Report of the Bombay Veterinary College
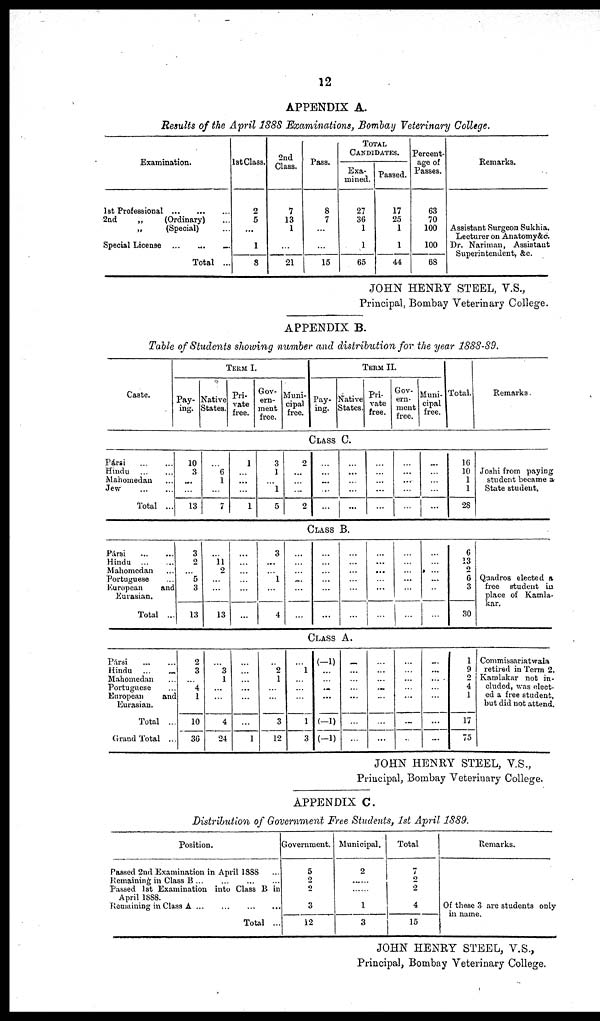
12
APPENDIX A.
Results of the April 1888 Examinations, Bombay Veterinary College.
Examination.
1st
Professional...
...
...
2nd
„
(Ordinary)
„
(Special)
Special License ...
...
...
Total ...
1st Class.
2
5
...
1
8
2nd
Class.
7
13
1
...
21
Pass.
8
7
...
...
15
TOTAL
CANDIDATES.
Exa-
mined.
27
36
1
1
65
Passed.
17
25
1
1
44
Percent-
age of
Passes.
63
70
100
100
68
Remarks.
Assistant Surgeon Sukhia.
Lecturer on Anatomy&c.
Dr. Nariman, Assistant
Superintendent, &c.
JOHN HENRY STEEL, V.S.,
Principal, Bombay Veterinary College.
APPENDIX B.
Table of Students showing number and distribution for the year 1888-89.
Caste.
TERM I.
Pay-
ing.
Native
States.
Pri-
vate
free.
Gov-
ern-
ment
free.
Muni-
cipal
free.
TERM II.
Pay-
ing.
Native
States.
Pri-
vate
free.
Gov
ern-
-ent
free.
Muni-
cipal
free.
Total.
Remarks
CLASS C.
Pársi
Hindu
Mahomedan...
Jew ... ...
Total ...
10
3
...
...
13
...
6
1
...
7
1
...
...
...
1
3
1
1 ...
5
2
...
...
...
2
...
...
...
...
...
...
...
...
...
...
...
...
...
...
...
...
...
...
...
...
...
...
...
...
...
16
10
1
1
28
Joshi from paying
student became a
State student.
CLASS B.
Pársi
...
...
Hindu
...
...
Mahomedan ...
Portuguese ...
European
and
Eurasian.
Total ...
3
2
5
3
13
... 11
2
...
...
13
...
...
...
...
...
...
3
...
1
...
...
4
...
...
...
...
...
...
...
...
...
...
...
...
...
...
...
...
...
...
...
...
...
...
...
...
...
...
...
...
...
...
...
...
...
...
...
...
6
13
2
6
3
30
Quadros elected a
free student in
place of Kamla-
kar.
CLASS A.
Pársi
...
...
Hindu ...
...
Mahomedan ...
Portuguese ...
European
and
Eurasian. ...
Total ...
Grand Total ...
2
3
4 ...
1
10
36
3
...
1
...
...
4
24
...
...
...
...
...
1
... 2
1
...
...
3
12
1 ...
...
...
...
1
3
(-1)
...
...
...
...
(-1)
(-1)
...
...
...
...
...
...
...
...
...
...
...
...
...
...
...
...
...
...
...
...
...
...
...
...
...
...
...
...
...
...
...
...
...
17
75
Commissariatwala
retired in Term 2.
Kamlakar not in-
cluded, was elect-
ed a free student,
but did not attend.
JOHN HENRY STEEL, V.S.,
Principal, Bombay Veterinary College.
APPENDIX C.
Distribution of Government Free Students, 1st April 1889.
Position.
Passed 2nd Examination in April 1888...
Remaining in Class B
...
...
...
...
Passed 1st Examination into Class B in
April 1888.
Remaining in Class A ... ... ... ...
Total ...
Government.
5
2
2
3
12
Municipal.
2
...
...
1
3
Total
7
2
2
4
15
Remarks.
...
...
...
Of these 3 are students only
in name
JOHN HENRY STEEL, V.S.,
Principal, Bombay Veterinary College.